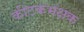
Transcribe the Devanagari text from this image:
कीटकभक्षक